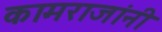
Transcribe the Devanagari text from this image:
कामराजांनी